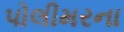
પોલીમરના